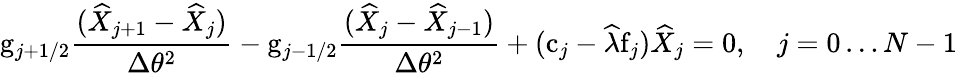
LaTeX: \mathrm{g}_{j+1/2}\frac{(\widehat{X}_{j+1}-\widehat{X}_{j})}{\Delta\theta^{2}}-\mathrm{g}_{j-1/2}\frac{(\widehat{X}_{j}-\widehat{X}_{j-1})}{\Delta\theta^{2}}+(\mathrm{c}_{j}-\widehat{\lambda}\mathrm{f}_{j})\widehat{X}_{j}=0,\quad j=0\ldots N-1